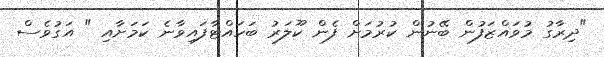
"ދިރާގު މުވައްޒަފުން ބޭނުން ކުރުމަށް ފެން ކޫލަރު ބަހައްޓާފައިވާނެ ކަމަށާއި " އަގުވެސް